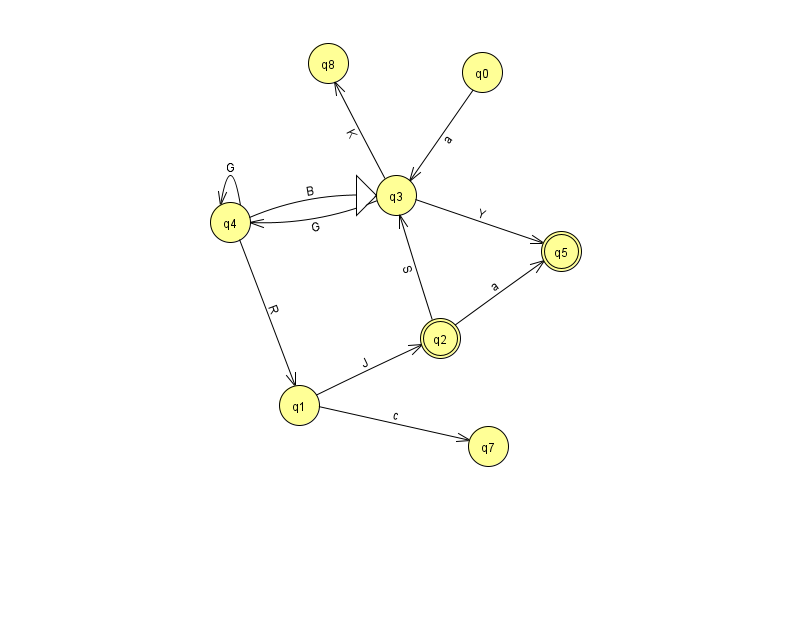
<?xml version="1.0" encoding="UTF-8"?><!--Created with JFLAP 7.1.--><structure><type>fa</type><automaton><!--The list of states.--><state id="0" name="q0"><x>482.0</x><y>59.0</y></state><state id="1" name="q1"><x>299.0</x><y>392.0</y></state><state id="2" name="q2"><x>440.0</x><y>325.0</y><final/></state><state id="3" name="q3"><x>396.0</x><y>182.0</y><initial/></state><state id="4" name="q4"><x>230.0</x><y>209.0</y></state><state id="5" name="q5"><x>561.0</x><y>238.0</y><final/></state><state id="7" name="q7"><x>488.0</x><y>433.0</y></state><state id="8" name="q8"><x>328.0</x><y>50.0</y></state><!--The list of transitions.--><transition><from>2</from><to>3</to><read>S</read></transition><transition><from>0</from><to>3</to><read>a</read></transition><transition><from>3</from><to>8</to><read>K</read></transition><transition><from>1</from><to>7</to><read>c</read></transition><transition><from>3</from><to>5</to><read>Y</read></transition><transition><from>4</from><to>4</to><read>G</read></transition><transition><from>4</from><to>3</to><read>B</read></transition><transition><from>2</from><to>5</to><read>a</read></transition><transition><from>1</from><to>2</to><read>J</read></transition><transition><from>3</from><to>4</to><read>G</read></transition><transition><from>4</from><to>1</to><read>R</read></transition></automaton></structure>